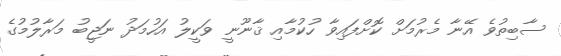
ސާބިތުވެ އޭނާ މެރުމަށް ކޮށްފައިވާ ހުކުމާއި ޤާނޫނީ ވަކީލު އަހުމަދު ނަޖީބު މަރާލުމުގެ